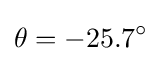
\theta =-25.7^{\circ }